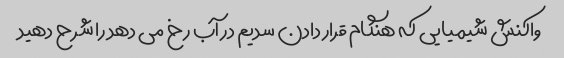
واکنش شیمیایی که هنگام قرار دادن سدیم در آب رخ می دهد را شرح دهید